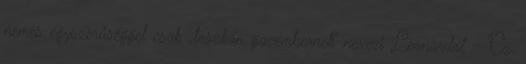
nemes egyszerűséggel csak „toszkán gazembernek” nevezi Le­onardót - Cz.